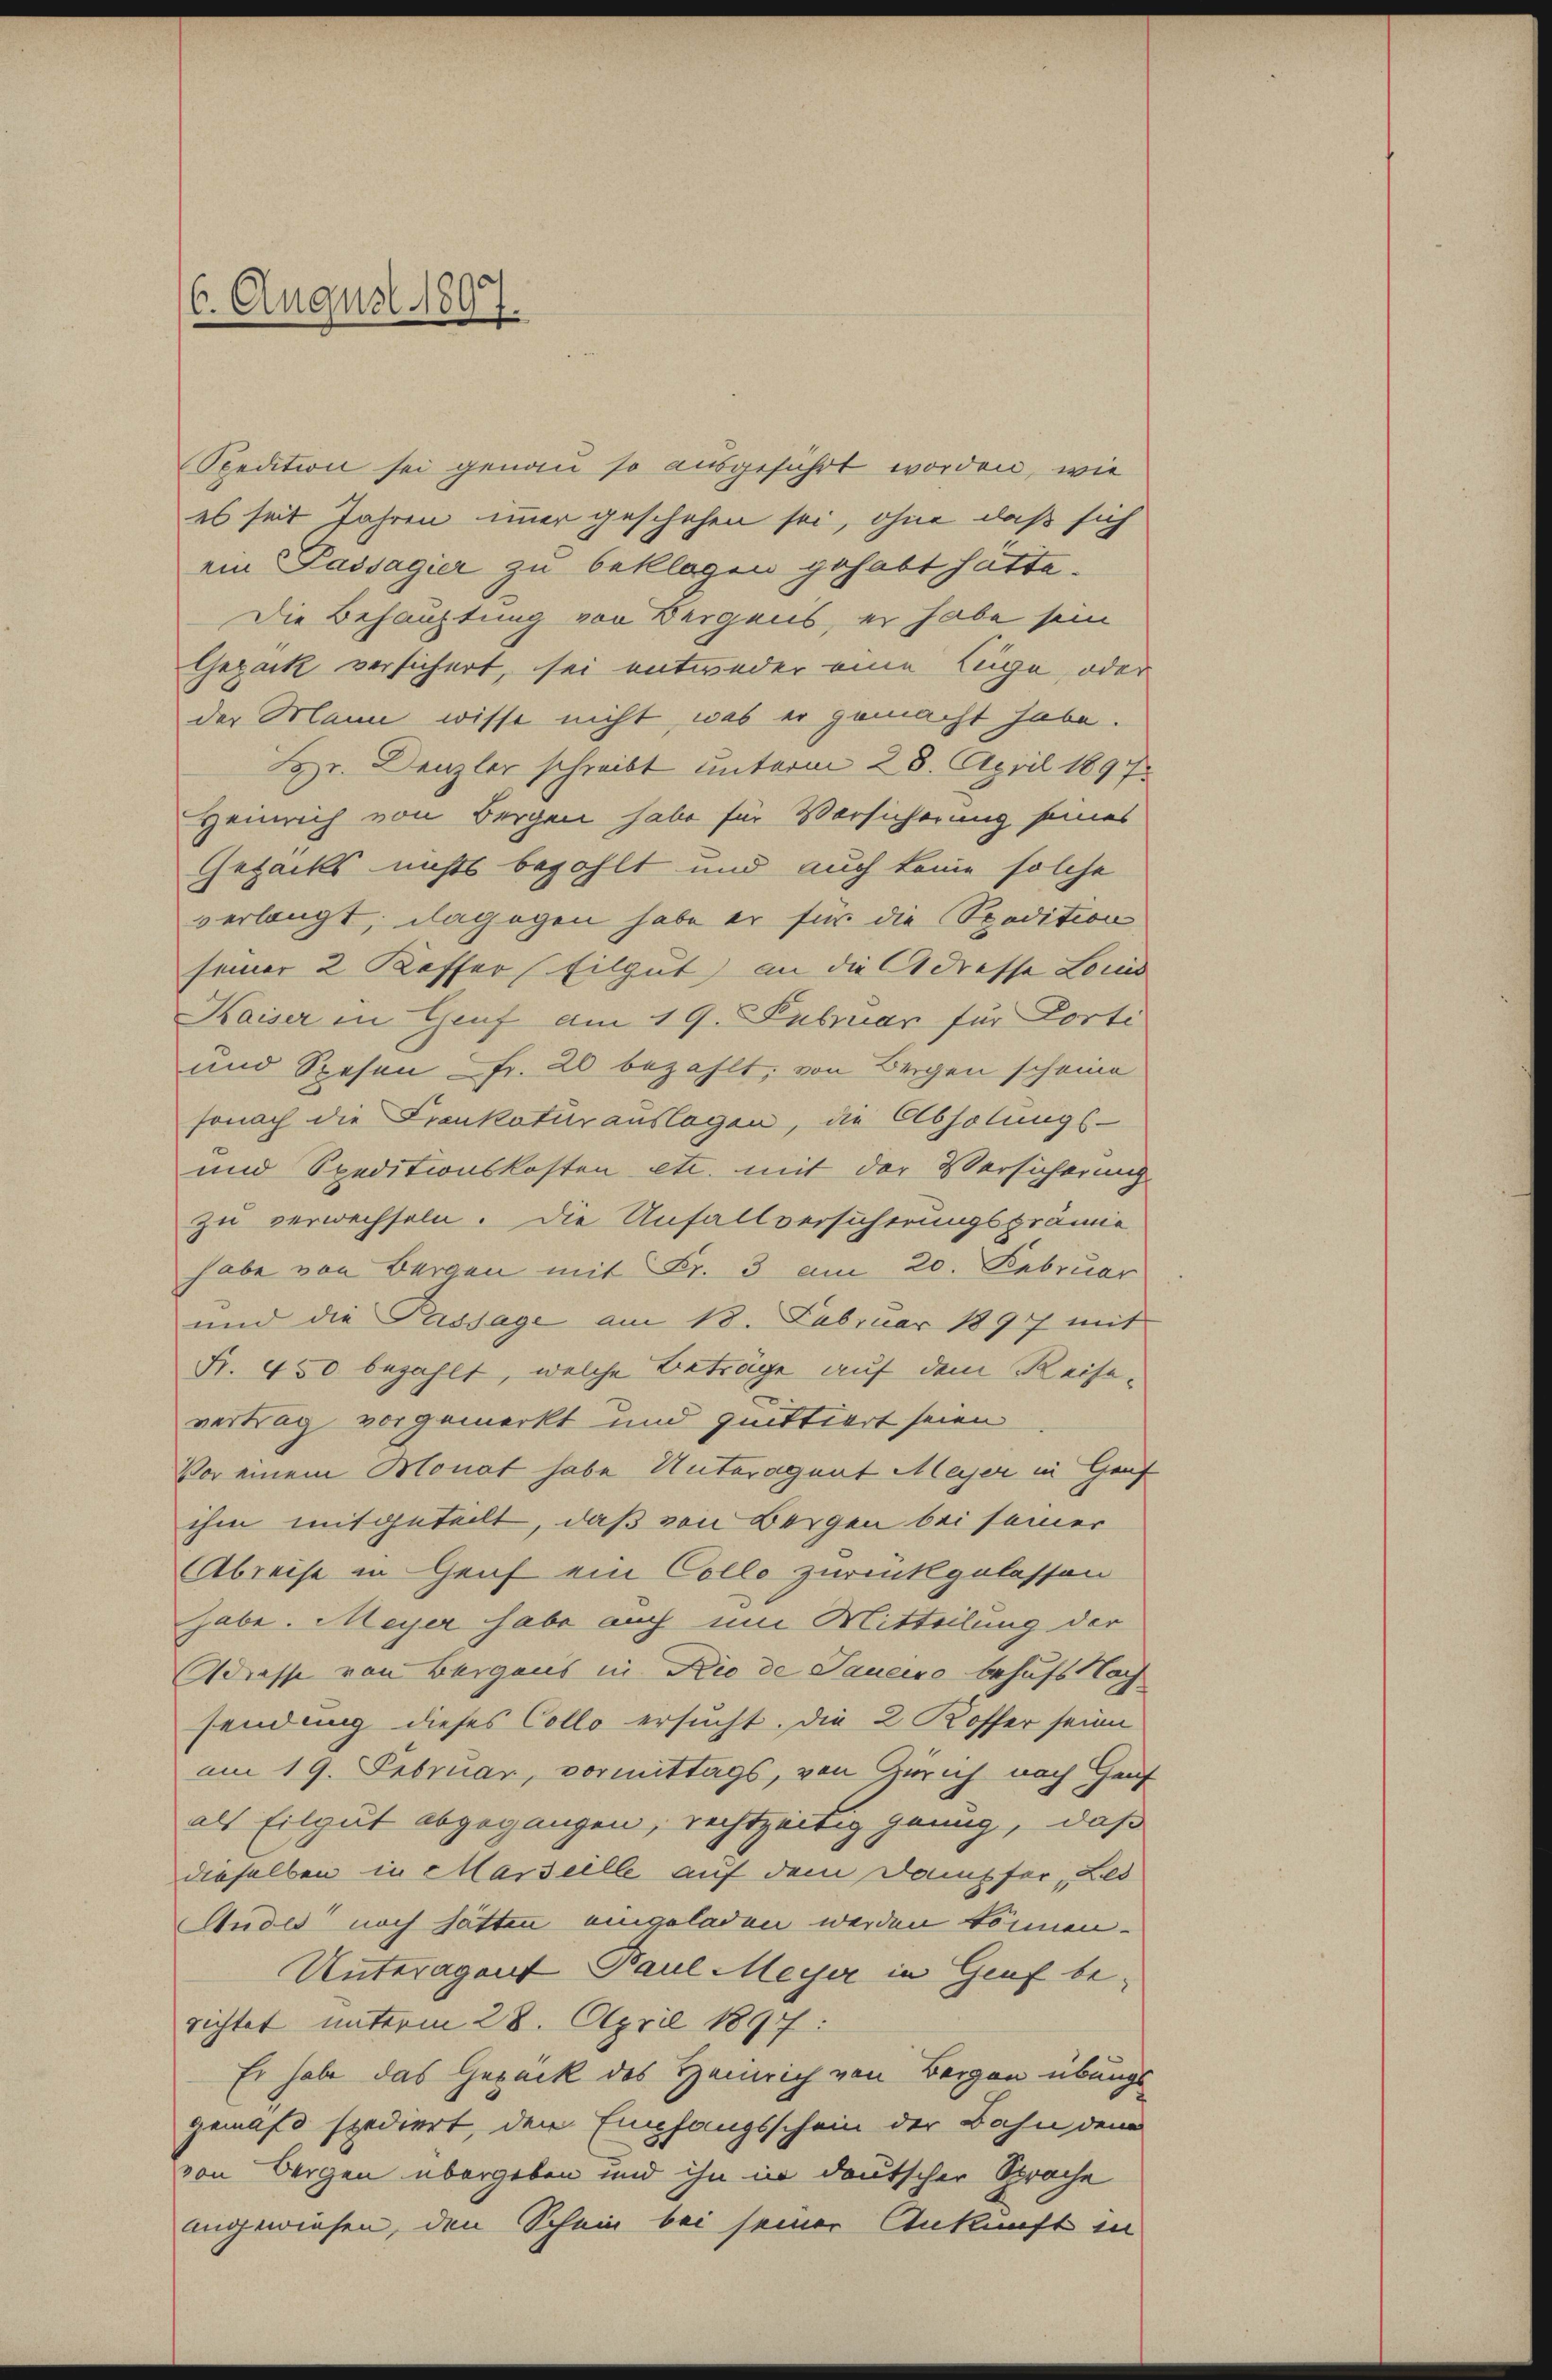
6. August 1807.

Spedition sei genau so ausgeführt worden, wie
es seit Jahren immer geschehen sei, ohne daß sich
ein Passagier zu beklagen gehabt hätte.
Die Behauptung von Bergens, er habe sein
Gezack versichert, sei entweder eine Lüge, oder
der Mann wisse nicht, was er gemacht habe.
Hr. Denzler schreibt unterm 28. April 1897
Heinrich von Bergen habe für Versicherung seines
Gezacks nichts bezahlt und auch keine solche
verlangt, dagegen habe er für die Spodition
seiner 2 Kaffer (Eilgut an die Adresse Louis
Kaiser in Genf am 19. Februar für Porti
und Spesen Fr. 20 bezahlt; von Bergen scheine
sonach die Frankoturauslagen, die Abholungs-
und Speditionskosten etc. mit der Versicherung
zu verwechseln. Die Unfallversicherungsprämie
habe von Bergen mit Fr. 3 am 20. Februar
und die Passage am 18. Februar 1897 mit
Fr. 450 bezahlt, welche Beträge auf dem Reisevertrag vorgemerkt und quittiert seien
Vor einem Monat habe Unteragnat Majer in Graf
ihm mitgeteilt, daß von Bergen bei seiner
Abreise in Genf ein Colle zurückgelassen
habe. Meyer habe auch um Mitteilung der
Adresse von Bergaus in Rio de Janeiro behufs Nach
sendung dieses Collo ersucht. Die 2 Koffer seien
am 19. Februar, vormittags, von Zürich nach Genf
als Eilgut abgegangen, rechtzeitig genug, daß
dieselben in Marseille auf dem Dampfer Led
Ander noch hatten eingeladen werden können.
Unteragent Paul Meyer in Graf berichtet unterm 28. April 1897:
Er habe das Gepack des Heinrich von Bergen übungs
gemäß spediert, den Empfangsschein der Bahn den
von Bergen übergeben und ihn in deutscher Sprache
angewiesen, den Schein bei seiner Ankunft in